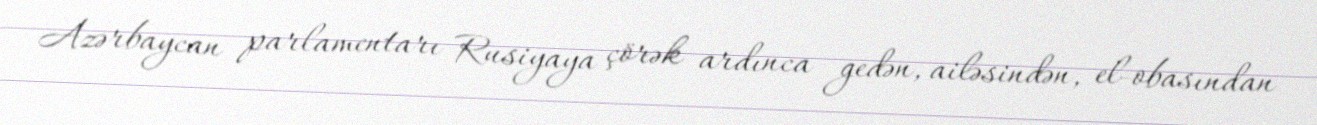
Azərbaycan parlamentarı Rusiyaya çörək ardınca gedən, ailəsindən, el-obasından